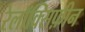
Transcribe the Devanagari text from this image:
रेलॉक्सिफ़ीन